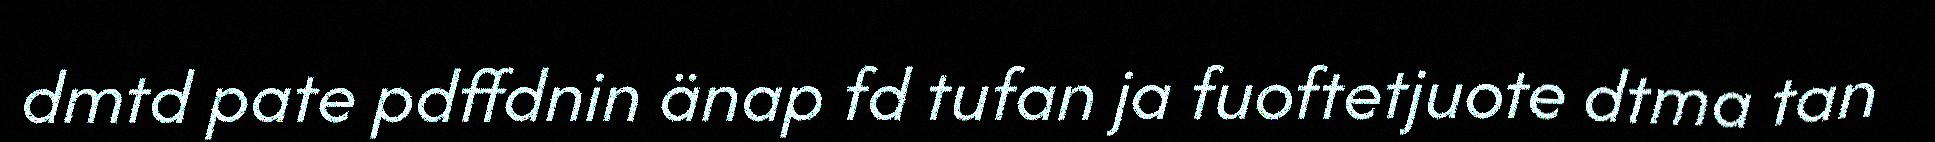
dmtd pate pdffdnin änap fd tufan ja fuoftetjuote dtma tan